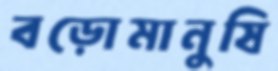
বড়োমানুষি